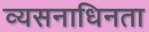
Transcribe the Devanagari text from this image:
व्यसनाधिनता